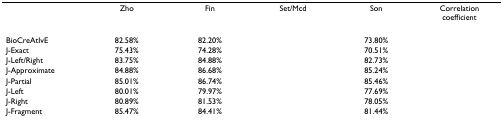
<table><thead><tr><td>[EMPTY_CELL]</td><td><b>Zho</b></td><td><b>Fin</b></td><td><b>Set/Mcd</b></td><td><b>Son</b></td><td><b>Correlation coefficient</b></td></tr></thead><tbody><tr><td>BioCreAtIvE</td><td>82.58%</td><td>82.20%</td><td>[EMPTY_CELL]</td><td>73.80%</td><td>[EMPTY_CELL]</td></tr><tr><td>J-Exact</td><td>75.43%</td><td>74.28%</td><td>[EMPTY_CELL]</td><td>70.51%</td><td>[EMPTY_CELL]</td></tr><tr><td>J-Left/Right</td><td>83.75%</td><td>84.88%</td><td>[EMPTY_CELL]</td><td>82.73%</td><td>[EMPTY_CELL]</td></tr><tr><td>J-Approximate</td><td>84.88%</td><td>86.68%</td><td>[EMPTY_CELL]</td><td>85.24%</td><td>[EMPTY_CELL]</td></tr><tr><td>J-Partial</td><td>85.01%</td><td>86.74%</td><td>[EMPTY_CELL]</td><td>85.46%</td><td>[EMPTY_CELL]</td></tr><tr><td>J-Left</td><td>80.01%</td><td>79.97%</td><td>[EMPTY_CELL]</td><td>77.69%</td><td>[EMPTY_CELL]</td></tr><tr><td>J-Right</td><td>80.89%</td><td>81.53%</td><td>[EMPTY_CELL]</td><td>78.05%</td><td>[EMPTY_CELL]</td></tr><tr><td>J-Fragment</td><td>85.47%</td><td>84.41%</td><td>[EMPTY_CELL]</td><td>81.44%</td><td>[EMPTY_CELL]</td></tr></tbody></table>